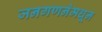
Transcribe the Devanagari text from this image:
जनगणनेमधून